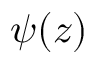
\psi ( z )